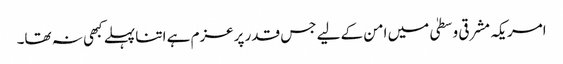
امریکہ مشرقی وسطیٰ میں امن کے لیے جس قدر پرعزم ہے اتنا پہلے کبھی نہ تھا۔